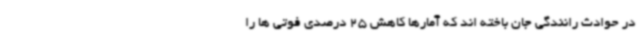
در حوادث رانندگی جان باخته اند که آمارها کاهش 25 درصدی فوتی ها را